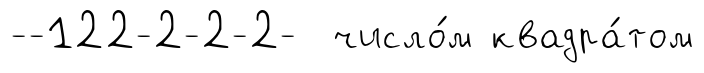
--122-2-2-2- число́м квадра́том